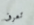
تعرف